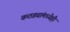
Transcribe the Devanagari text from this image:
कठड्यांमध्येही